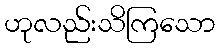
ဟုလည်းသိကြသော